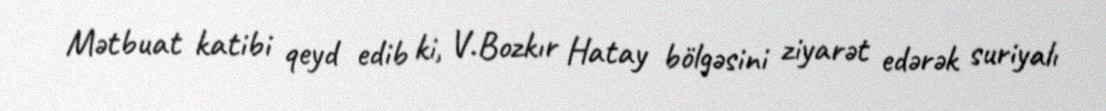
Mətbuat katibi qeyd edib ki, V.Bozkır Hatay bölgəsini ziyarət edərək suriyalı